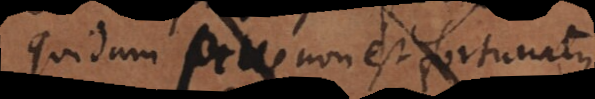
Quidam sapiens est fortunatus.